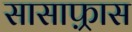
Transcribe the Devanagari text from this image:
सासाफ़्रास